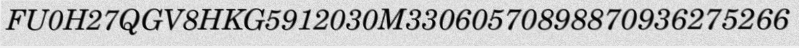
FU0H27QGV8HKG5912030M33060570898870936275266